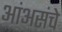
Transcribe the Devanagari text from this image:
आंअसंचे